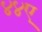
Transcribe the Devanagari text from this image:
४४ए